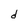
Character: d